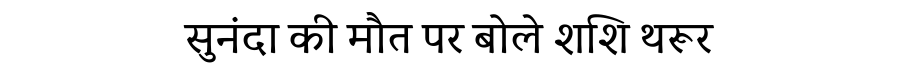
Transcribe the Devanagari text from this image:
सुनंदा की मौत पर बोले शशि थरूर